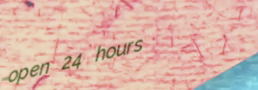
open 24 hours